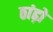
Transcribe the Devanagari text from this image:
ठांढ़ो